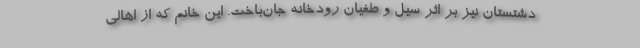
دشتستان نیز بر اثر سیل و طغیان رودخانه جان‌باخت. این خانم که از اهالی